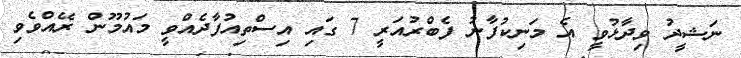
ނަޝީދު ވިދާޅުވީ އެ މަނިކުފާނު ފެބްރުއަރީ 7 ގައި އިސްތިއުފާދެއްވީ މައުމޫން ރޭއްވެވި